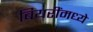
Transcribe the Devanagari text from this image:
बियरींमध्ये